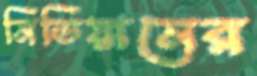
মিডিয়ামের